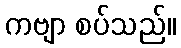
ကဗျာ စပ်သည်။